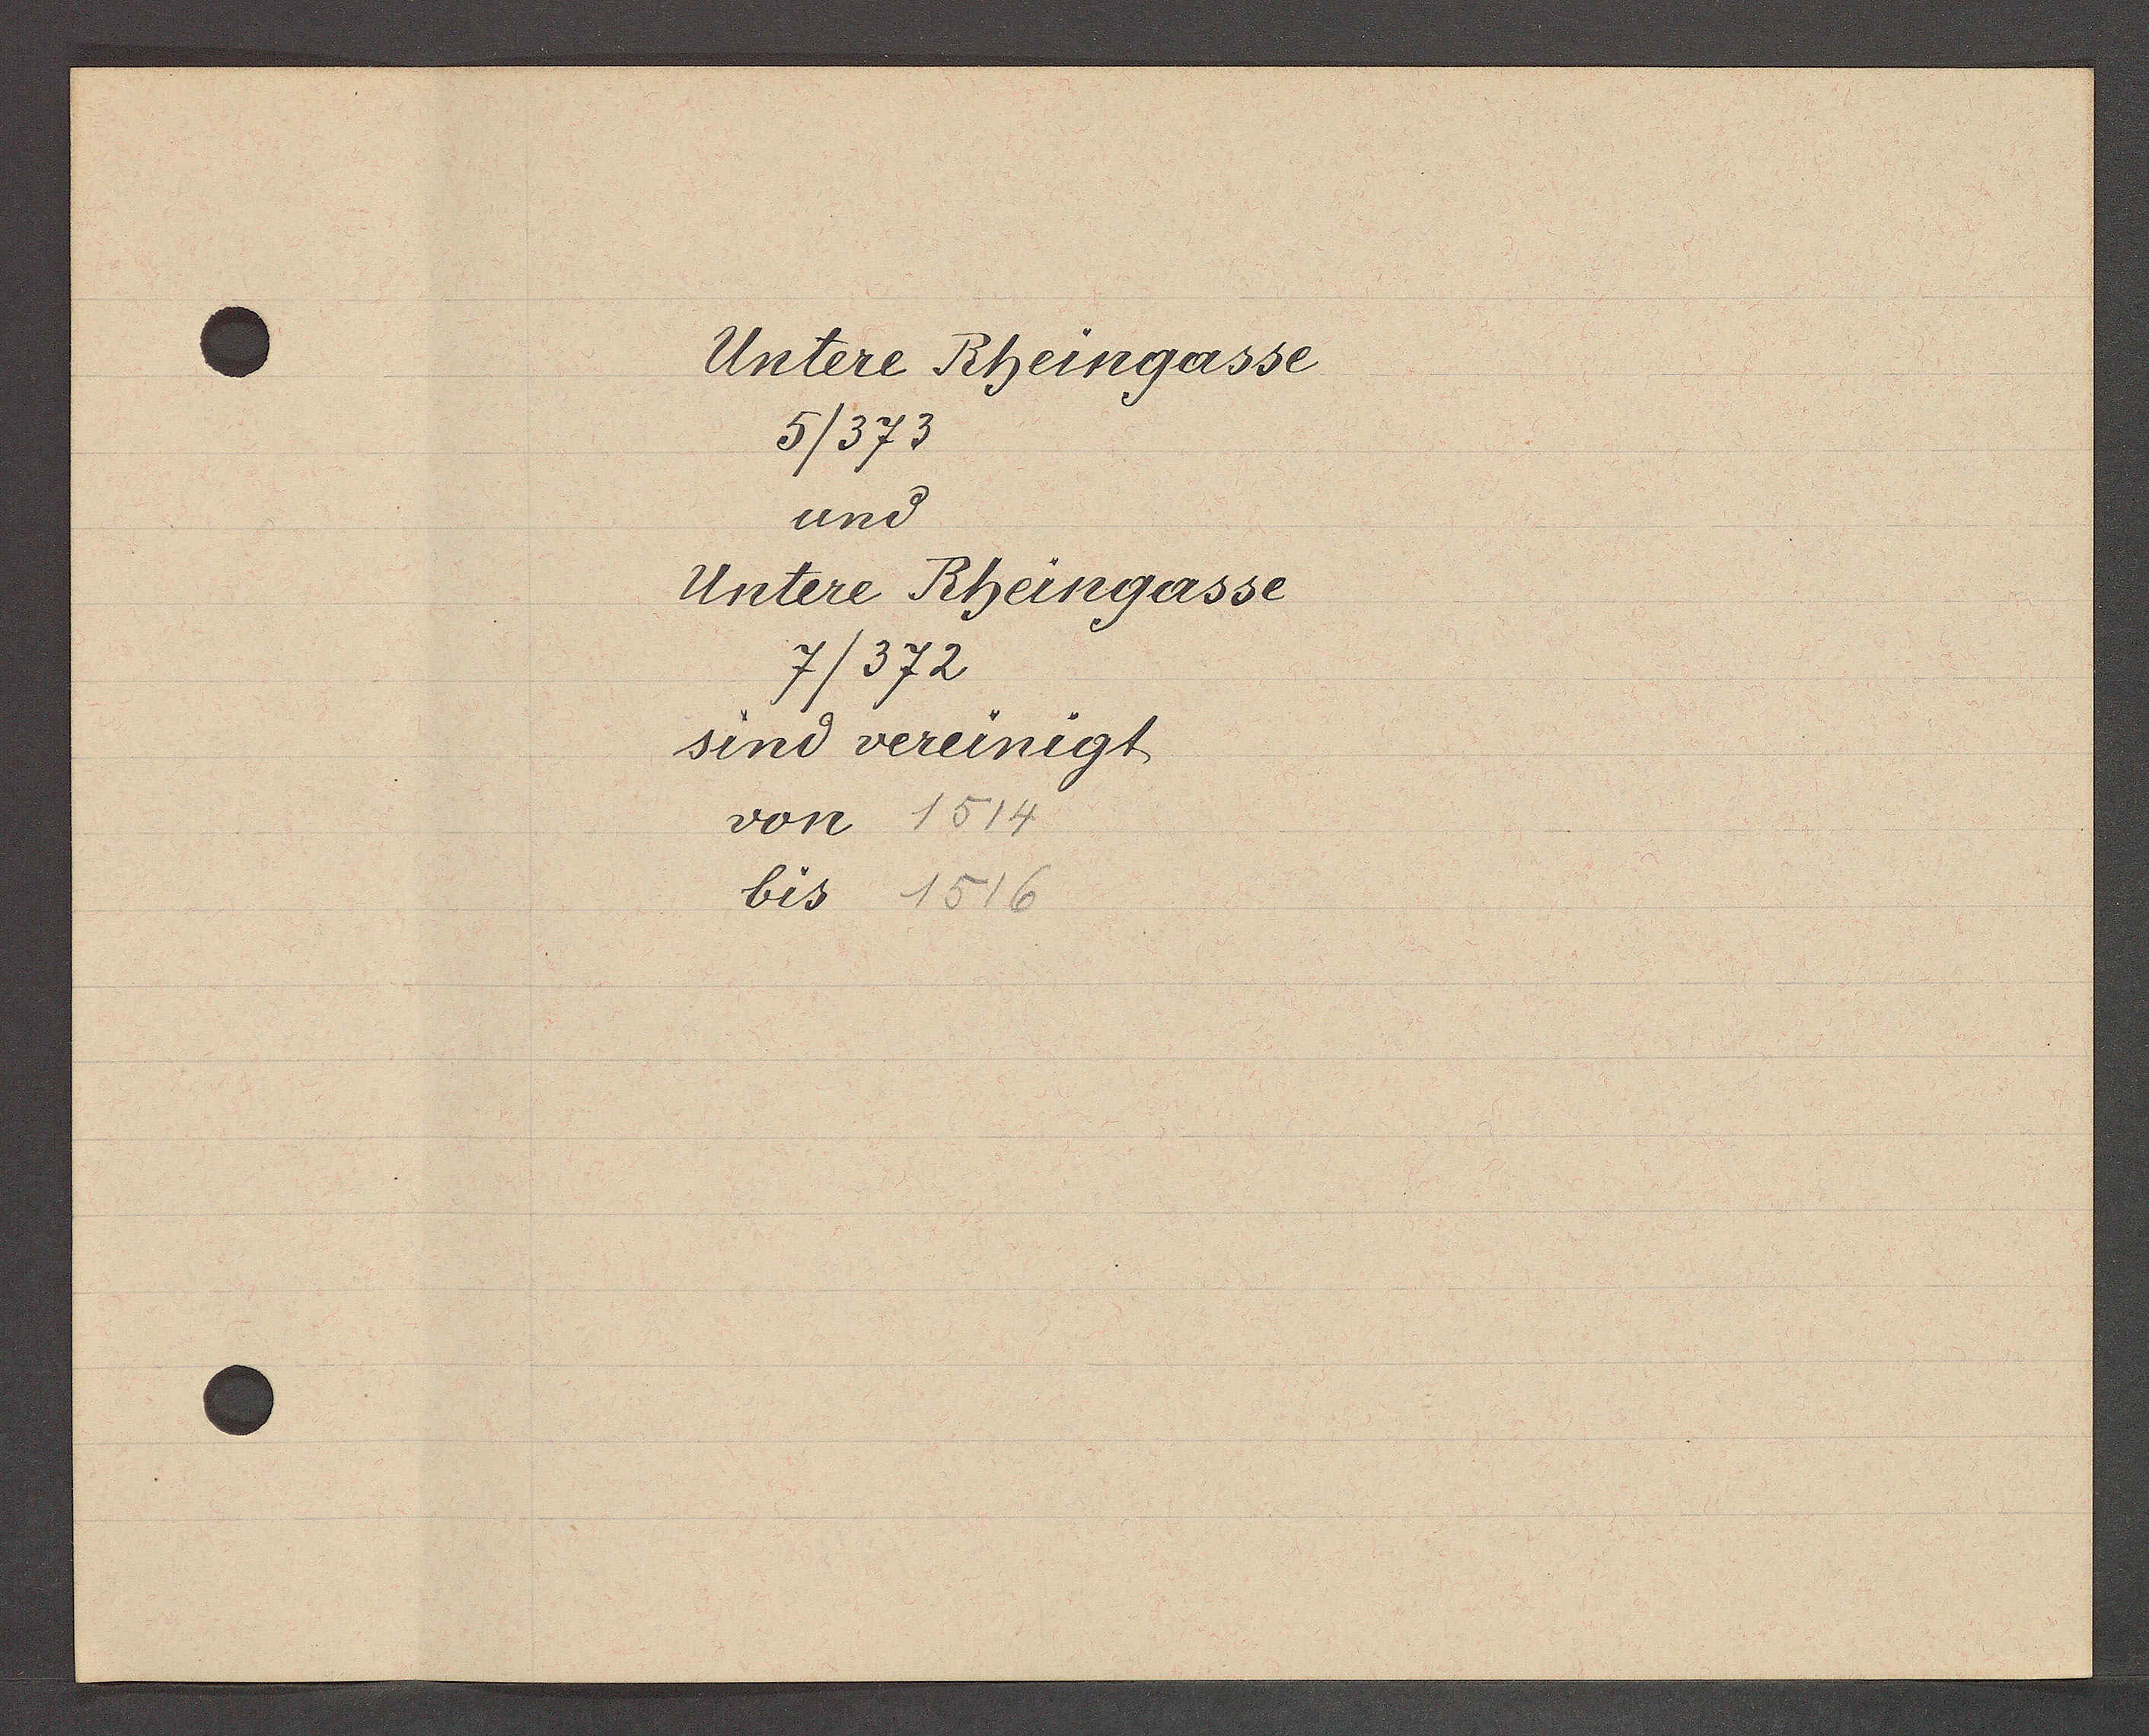
Transcript:
Untere Rheingasse
5/373
und
Untere Rheingasse
7/372
sind vereinigt
von 1514
bis 1516